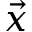
\vec { x }